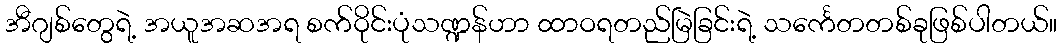
အီဂျစ်တွေရဲ့ အယူအဆအရ စက်ဝိုင်းပုံသဏ္ဍန်ဟာ ထာဝရတည်မြဲခြင်းရဲ့ သင်္ကေတတစ်ခုဖြစ်ပါတယ်။